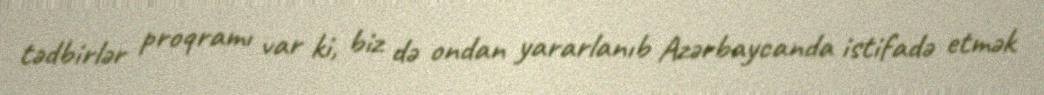
tədbirlər proqramı var ki, biz də ondan yararlanıb Azərbaycanda istifadə etmək